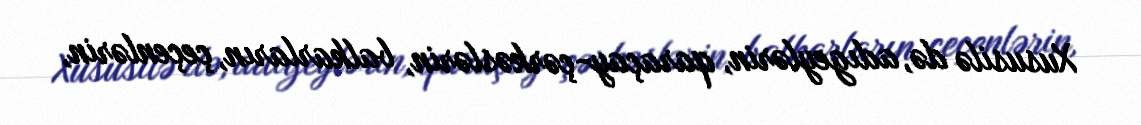
Xususilə də, adıgeylərin, qaraçay-çərkəslərin, balkarların, çeçenlərin,